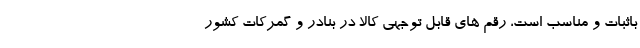
باثبات و مناسب است، رقم های قابل توجهی کالا در بنادر و گمرکات کشور